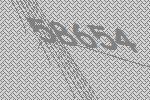
58654